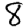
Digit: 8